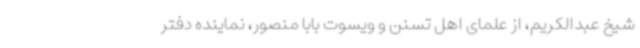
شیخ عبدالکریم، از علمای اهل تسنن و ویسوت بابا منصور، نماینده دفتر